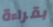
بقراءة